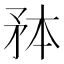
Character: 𭿸